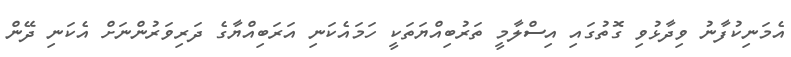
އެމަނިކުފާނު ވިދާޅުވި ގޮތުގައި އިސްލާމީ ތަރުބިއްޔަތަކީ ހަމައެކަނި އަރަބިއްޔާގެ ދަރިވަރުންނަށް އެކަނި ދޭން